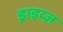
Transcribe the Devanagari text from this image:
ड्राइव्ज़